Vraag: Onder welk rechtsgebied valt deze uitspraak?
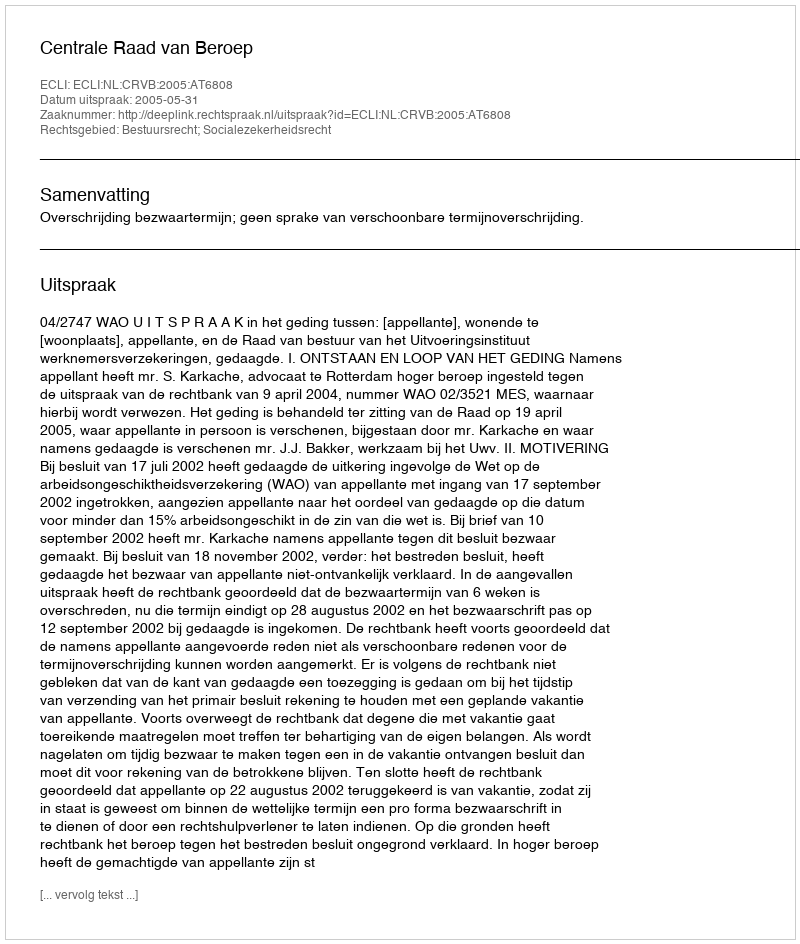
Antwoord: Bestuursrecht; Socialezekerheidsrecht